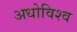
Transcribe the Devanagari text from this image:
अधोविश्व